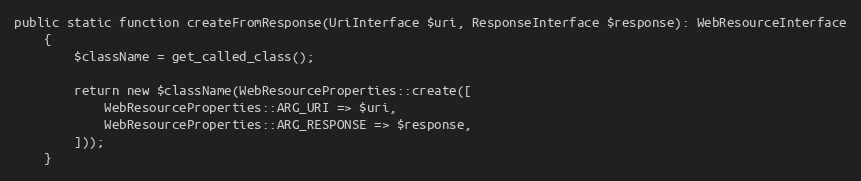
Language: PHP
public static function createFromResponse(UriInterface $uri, ResponseInterface $response): WebResourceInterface
    {
        $className = get_called_class();

        return new $className(WebResourceProperties::create([
            WebResourceProperties::ARG_URI => $uri,
            WebResourceProperties::ARG_RESPONSE => $response,
        ]));
    }